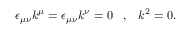
\epsilon _ { \mu \nu } k ^ { \mu } = \epsilon _ { \mu \nu } k ^ { \nu } = 0 \, \, \, \, \, , \, \, \, \, \, k ^ { 2 } = 0 .